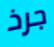
جرذ